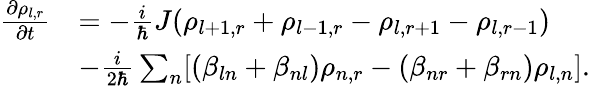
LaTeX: \begin{array}{rl}{\frac{\partial\rho_{l,r}}{\partial t}}&{=-\frac{i}{\hbar}J(\rho_{l+1,r}+\rho_{l-1,r}-\rho_{l,r+1}-\rho_{l,r-1})}\\ &{-\frac{i}{2\hbar}\sum_{n}[(\beta_{ln}+\beta_{nl})\rho_{n,r}-(\beta_{nr}+\beta_{rn})\rho_{l,n}].}\end{array}